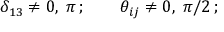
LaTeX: \delta _ { 1 3 } \neq 0 , \; \pi \, ; \qquad \theta _ { i j } \neq 0 , \; \pi / 2 \, ;